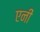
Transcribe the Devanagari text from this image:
एनीं